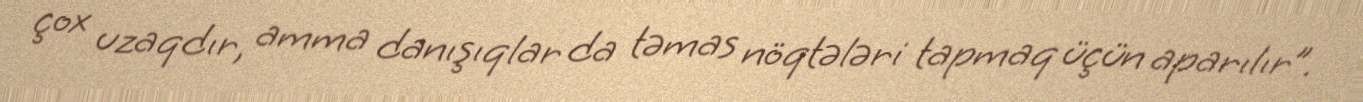
çox uzaqdır, amma danışıqlar da təmas nöqtələri tapmaq üçün aparılır”.